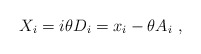
\begin{align*}X_i = i\theta D_i = x_i -\theta A_i~,\end{align*}